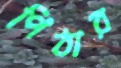
পিঠার